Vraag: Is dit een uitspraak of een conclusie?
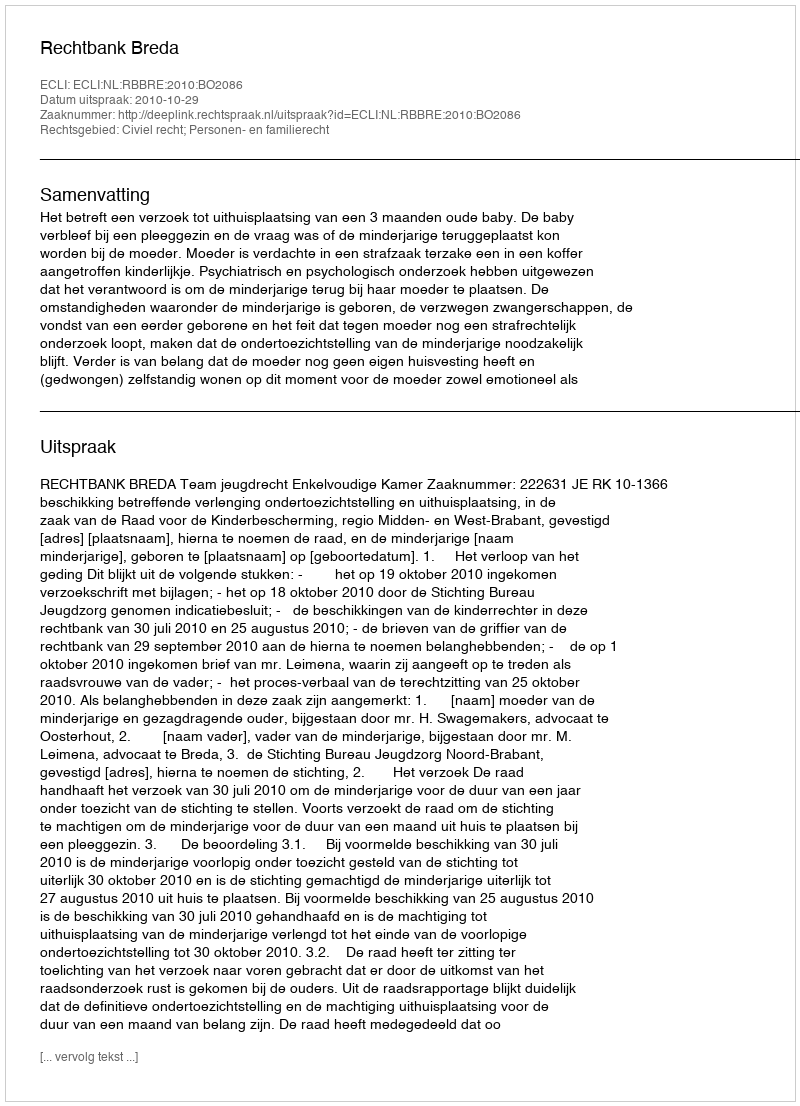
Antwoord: Uitspraak